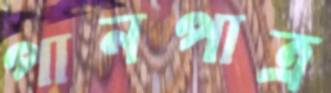
পানপাত্র